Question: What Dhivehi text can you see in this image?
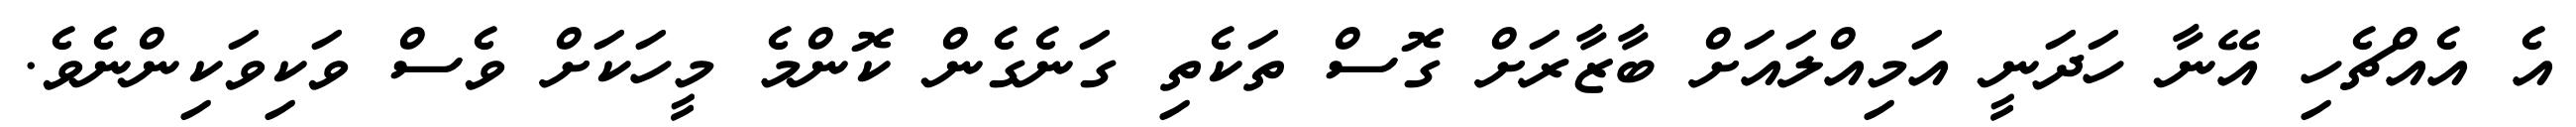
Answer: އެ އެއްޗެހި އޭނާ ހަދަނީ އަމިއްލައަށް ބާޒާރަށް ގޮސް ތަކެތި ގަނެގެން ކޮންމެ މީހަކަށް ވެސް ވަކިވަކިންނެވެ.